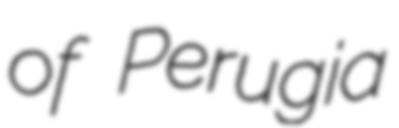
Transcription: of Perugia